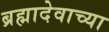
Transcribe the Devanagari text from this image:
ब्रह्मादेवाच्या